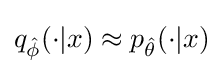
q_{\hat {\phi }}(\cdot |x)\approx p_{\hat {\theta }}(\cdot |x)